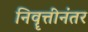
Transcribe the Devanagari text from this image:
निवॄत्तीनंतर